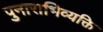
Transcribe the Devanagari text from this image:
पुनाराभिव्यक्ति